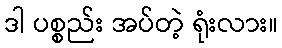
ဒါ ပစ္စည်း အပ်တဲ့ ရုံးလား။